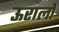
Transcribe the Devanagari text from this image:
ऊरालों